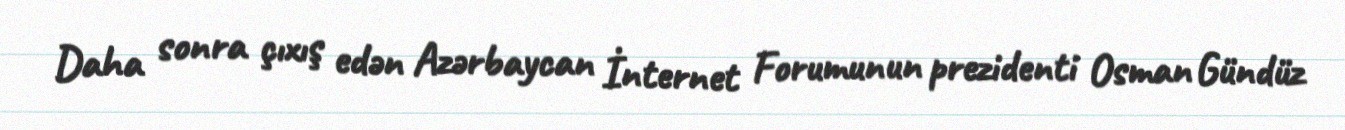
Daha sonra çıxış edən Azərbaycan İnternet Forumunun prezidenti Osman Gündüz